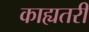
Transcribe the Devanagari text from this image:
काह्यतरी